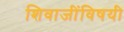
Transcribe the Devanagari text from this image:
शिवाजींविषयी